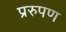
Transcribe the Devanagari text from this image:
प्ररुपण